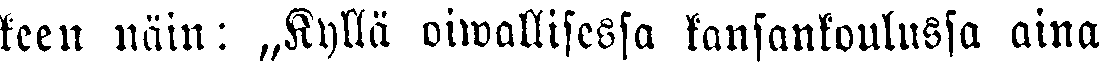
keen näin: ,,Kyllä oiwallisessa kansankoulussa aina